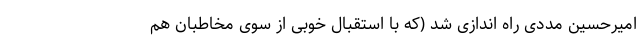
امیرحسین مددی راه اندازی شد (که با استقبال خوبی از سوی مخاطبان هم